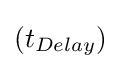
\left(t_{Delay}\right)